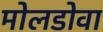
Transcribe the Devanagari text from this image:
मोलडोवा